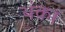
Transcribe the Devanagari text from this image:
थंका